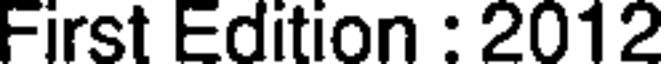
First Edition : 2012